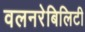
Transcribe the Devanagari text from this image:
वलनरेबिलिटी